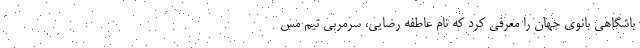
باشگاهی بانوی جهان را معرفی کرد که نام عاطفه رضایی، سرمربی تیم مس